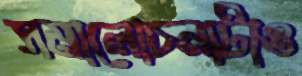
সমালোচনাটাও